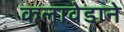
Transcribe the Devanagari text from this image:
कलावेडाने